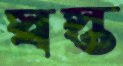
স্বস্ত